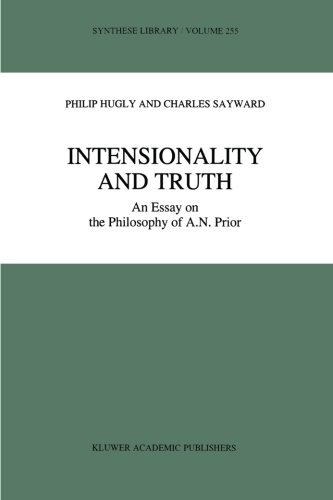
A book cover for Intensionality and Truth: An Essay on the Philosophy of A.N. Prior (Synthese Library); Philip Hugly; Politics & Social Sciences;